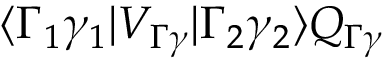
\langle \Gamma _ { 1 } \gamma _ { 1 } | V _ { \Gamma \gamma } | \Gamma _ { 2 } \gamma _ { 2 } \rangle Q _ { \Gamma \gamma }